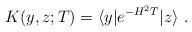
LaTeX: \begin{align*}K(y,z;T) = \langle y | e^{- H^2 T } | z \rangle \,\, .\end{align*}